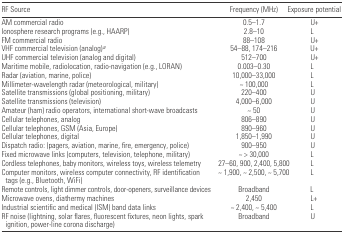
<table><thead><tr><td><b>RF Source</b></td><td><b>Frequency (MHz)</b></td><td><b>Exposure potential</b></td></tr></thead><tbody><tr><td>AM commercial radio</td><td>0.5–1.7</td><td>U+</td></tr><tr><td>Ionosphere research programs (e.g., HAARP)</td><td>2.8–10</td><td>L</td></tr><tr><td>FM commercial radio</td><td>88–108</td><td>U+</td></tr><tr><td>VHF commercial television (analog)a</td><td>54–88, 174–216</td><td>U+</td></tr><tr><td>UHF commercial television (analog and digital)</td><td>512–700</td><td>U+</td></tr><tr><td>Maritime mobile, radiolocation, radio-navigation (e.g., LORAN)</td><td>0.003–0.30</td><td>L</td></tr><tr><td>Radar (aviation, marine, police)</td><td>10,000–33,000</td><td>L</td></tr><tr><td>Millimeter-wavelength radar (meteorological, military)</td><td>~ 100,000</td><td>L</td></tr><tr><td>Satellite transmissions (global positioning, military)</td><td>220–400</td><td>U</td></tr><tr><td>Satellite transmissions (television)</td><td>4,000–6,000</td><td>U</td></tr><tr><td>Amateur (ham) radio operators, international short-wave broadcasts</td><td>~ 50</td><td>U</td></tr><tr><td>Cellular telephones, analog</td><td>806–890</td><td>U</td></tr><tr><td>Cellular telephones, GSM (Asia, Europe)</td><td>890–960</td><td>U</td></tr><tr><td>Cellular telephones, digital</td><td>1,850–1,990</td><td>U</td></tr><tr><td>Dispatch radio: (pagers, aviation, marine, fire, emergency, police)</td><td>900–950</td><td>U</td></tr><tr><td>Fixed microwave links (computers, television, telephone, military)</td><td>~ &gt; 30,000</td><td>L</td></tr><tr><td>Cordless telephones, baby monitors, wireless toys, wireless telemetry</td><td>27–60, 900, 2,400, 5,800</td><td>L</td></tr><tr><td>Computer monitors, wireless computer connectivity, RF identification tags (e.g., Bluetooth, WiFi)</td><td>~ 1,900, ~ 2,500, ~ 5,700</td><td>L</td></tr><tr><td>Remote controls, light dimmer controls, door-openers, surveillance devices</td><td>Broadband</td><td>L</td></tr><tr><td>Microwave ovens, diathermy machines</td><td>2,450</td><td>L+</td></tr><tr><td>Industrial scientific and medical (ISM) band data links</td><td>~ 2,400, ~ 5,400</td><td>L</td></tr><tr><td>RF noise (lightning, solar flares, fluorescent fixtures, neon lights, spark ignition, power-line corona discharge)</td><td>Broadband</td><td>U</td></tr></tbody></table>